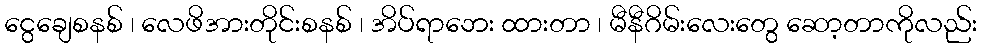
ငွေချေစနစ် ၊ လေဖိအားတိုင်းစနစ် ၊ အိပ်ရာဘေး ထားတာ ၊ မီနီဂိမ်းလေးတွေ ဆော့တာကိုလည်း